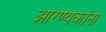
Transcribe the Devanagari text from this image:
आरण्यकांना